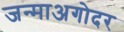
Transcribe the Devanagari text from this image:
जन्माअगोदर